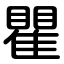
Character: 瞿